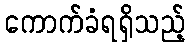
ကောက်ခံရရှိသည့်